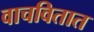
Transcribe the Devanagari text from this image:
वाचवितात